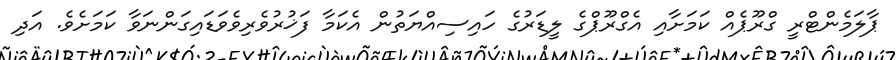
ޕާލަމެންޓްރީ ގްރޫޕެއް ކަމަށާއި އެގްރޫޕްގެ ލީޑަރުގެ ހައިސިއްޔަތުން އެކަމާ ފަޚުރުވެރިވެވަޑައިގަންނަވާ ކަމަށެވެ. އަދި